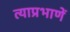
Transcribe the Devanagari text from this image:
त्याप्रभाणें